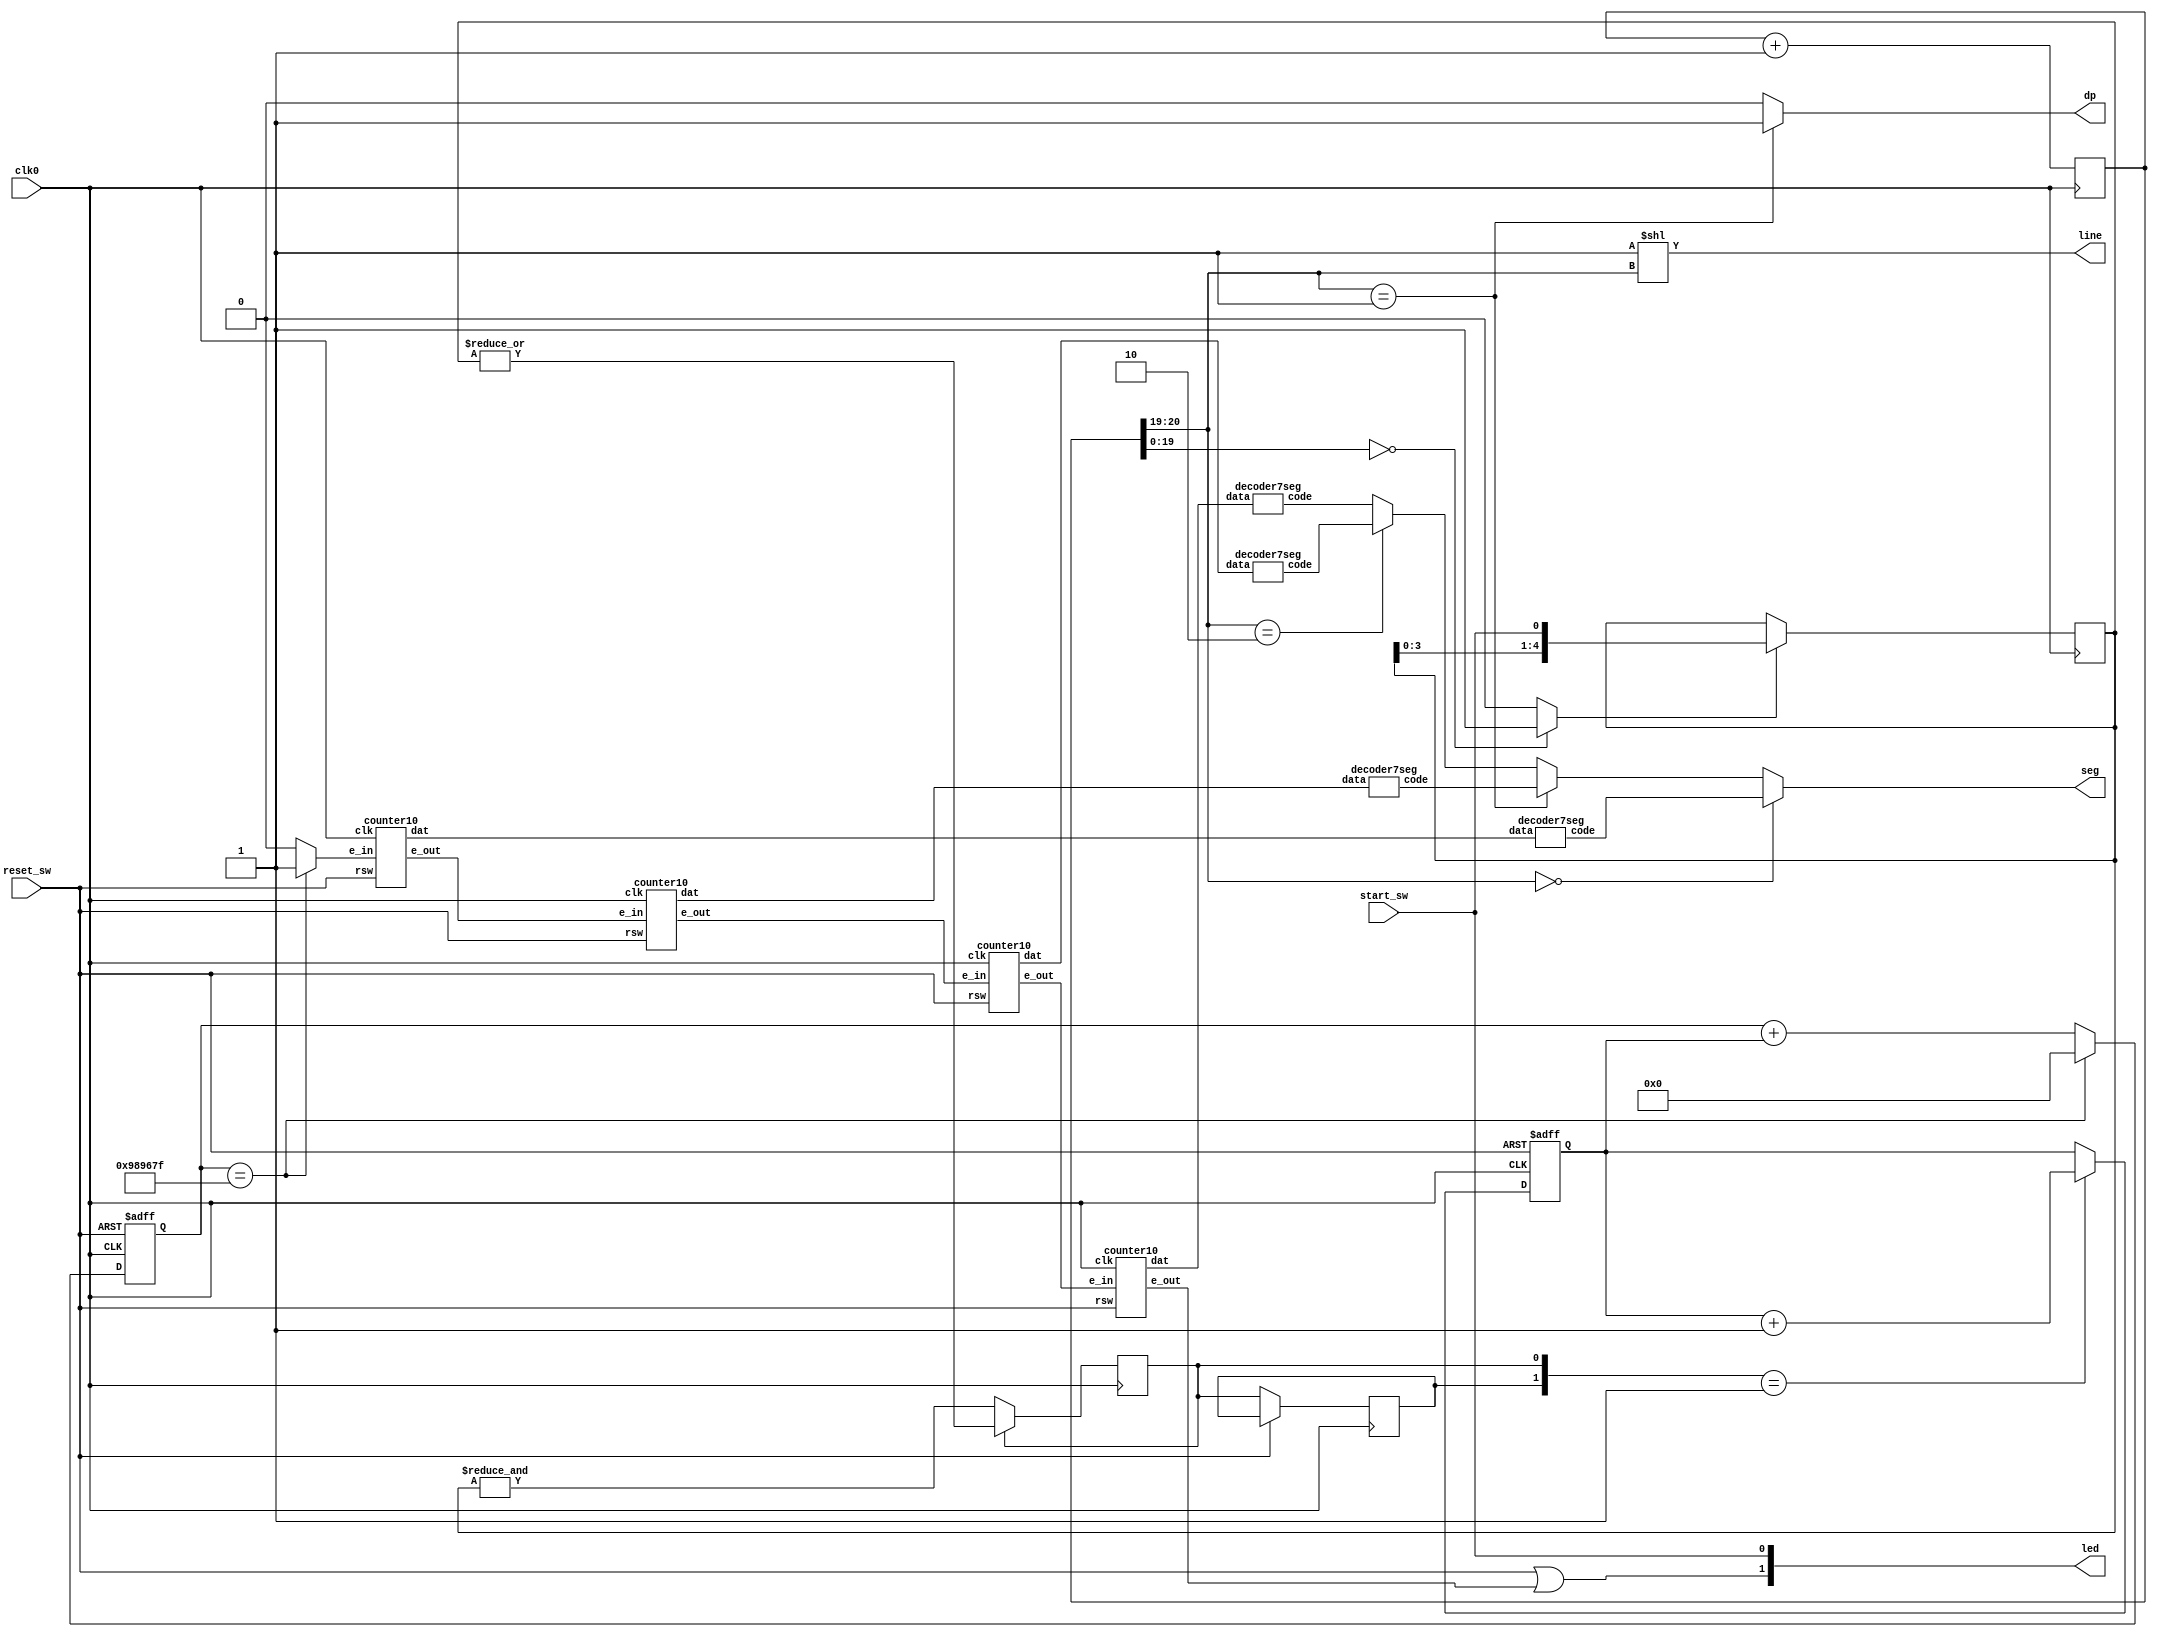
`timescale 1ns / 1ps
//////////////////////////////////////////////////////////////////////////////////
// Company: 
// Engineer: 
// 
// Design Name: 
// Module Name:    stopwatch 
// Project Name: 
// Target Devices: 
// Tool versions: 
// Description: 
//
// Dependencies: 
//
// Revision: 
// Revision 0.01 - File Created
// Additional Comments: 
//
//////////////////////////////////////////////////////////////////////////////////
module stopwatch(
    input   wire    clk0, start_sw, reset_sw,
    output wire[1:0]    led,
    output wire[6:0]    seg,
    output wire[3:0]    line,
    output wire dp
    );
    wire enable_deci, enable_sec1, enable_sec10, enable_sec100, enable_sec1000;
    reg state=1'b0;
    reg[23:0]   cc0=24'b0;
    reg[20:0]   cc1=21'b0;
    wire[3:0]   decisec, sec1, sec10, sec100;
    assign led = { reset_sw|enable_sec1000, start_sw };

    parameter MAX = 24'd10_000_000;

    always@ (posedge clk0 or posedge reset_sw) begin    
        if(reset_sw==1'b1)
            cc0<=20'b0;
        else if(cc0==MAX-1'b1)
            cc0<=20'b0;
        else    
				cc0<=cc0+state;
    end
    assign enable_deci=(cc0==MAX-1'b1)?1'b1:1'b0;

    counter10 cntr0( .clk(clk0), .rsw(reset_sw), .e_in(enable_deci), .dat(decisec), .e_out(enable_sec1) );
    counter10 cntr1( .clk(clk0), .rsw(reset_sw), .e_in(enable_sec1), .dat(sec1), .e_out(enable_sec10) );
    counter10 cntr2( .clk(clk0), .rsw(reset_sw), .e_in(enable_sec10), .dat(sec10), .e_out(enable_sec100) );
    counter10 cntr3( .clk(clk0), .rsw(reset_sw), .e_in(enable_sec100), .dat(sec100), .e_out(enable_sec1000) );
    
    reg[4:0]    shift_ff=4'b0;
    reg sw_old=1'b0;
    wire enable_chattering;
    reg no_chattering_sw = 1'b0;

    always@ (posedge clk0) begin
        if(enable_chattering==1'b1)
            shift_ff<={shift_ff[3:0], start_sw};
        no_chattering_sw = no_chattering_sw?(|shift_ff):(&shift_ff);
    end
    
    always@ (posedge clk0 or posedge reset_sw) begin    
        if(reset_sw==1'b1)
            state <= 1'b0;
        else begin
            if( {sw_old, no_chattering_sw} == 2'b01 )
                state <= state + 1'b1;
            sw_old <= no_chattering_sw;
        end
    end

    wire[6:0] seg_0, seg_1, seg_2, seg_3;
    decoder7seg decoder0( .data(decisec), .code(seg_0) );
    decoder7seg decoder1( .data(sec1), .code(seg_1) );
    decoder7seg decoder2( .data(sec10), .code(seg_2) );
    decoder7seg decoder3( .data(sec100), .code(seg_3) );
    
    always@( posedge clk0 ) cc1<=cc1+1'b1;
    assign dp = (cc1[20:19]==2'b01)?1'b1:1'b0;
    //assign dp = (cc1[20:19]==2'b01)?1'b0:1'b1;

    assign seg=
        cc1[20:19]==2'b00 ? seg_0:
        cc1[20:19]==2'b01 ? seg_1:
        cc1[20:19]==2'b10 ? seg_2:
                            seg_3;

    assign enable_chattering = (cc1[19:0]==20'b0)?1'b1:1'b0;
    assign line = 4'b1 << cc1[20:19];

endmodule

module decoder7seg( input wire [3:0] data, output wire [6:0] code);
    wire[6:0] c =
        data==4'd0 ? 7'b1111110 : //0
        data==4'd1 ? 7'b0110000 : //1
        data==4'd2 ? 7'b1101101 : //2
        data==4'd3 ? 7'b1111001 : //3
        data==4'd4 ? 7'b0110011 : //4
        data==4'd5 ? 7'b1011011 : //5
        data==4'd6 ? 7'b1011111 : //6
        data==4'd7 ? 7'b1110000 : //7
        data==4'd8 ? 7'b1111111 : //8
                     7'b1111011 ; //9
        
    assign code = c;

endmodule

module counter10( input wire clk, input wire rsw, input wire e_in, output wire[3:0] dat, output wire e_out );
reg[3:0] tt=4'b0;
    always@( posedge clk or posedge rsw ) begin
        if( rsw==1'b1 )
            tt <= 4'b0;
        else if( e_in==1'b1)
            tt <= (tt==4'd9)?4'b0:(tt+4'b1);
    end
    assign e_out = (e_in&&tt==4'd9)?1'b1:1'b0;
    assign dat=tt;

endmodule